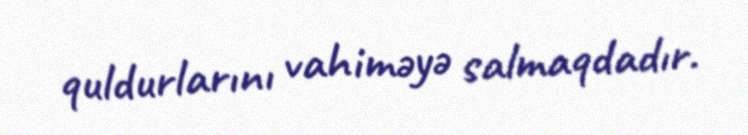
quldurlarını vahiməyə salmaqdadır.